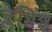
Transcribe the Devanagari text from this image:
ब्लेमिश